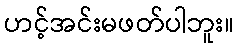
ဟင့်အင်းမဖတ်ပါဘူး။